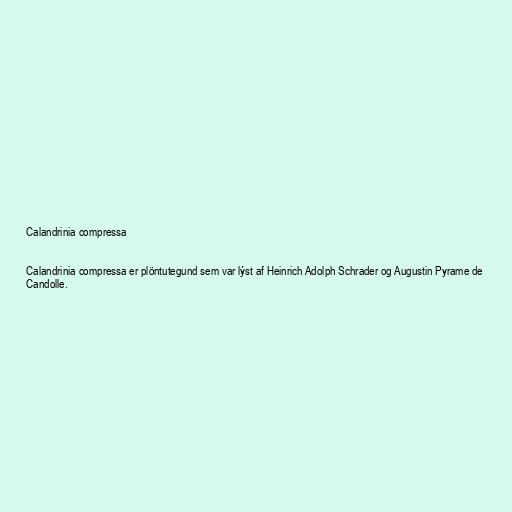
Calandrinia compressa

Calandrinia compressa er plöntutegund sem var lýst af Heinrich Adolph Schrader og Augustin Pyrame de
Candolle.